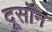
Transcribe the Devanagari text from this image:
दूसॉन